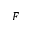
F